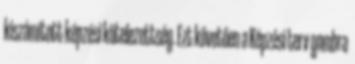
kiszámított képzési kötelezettség. Ezt követően a Képzési terv gombra